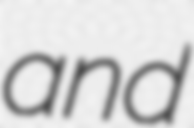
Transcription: and